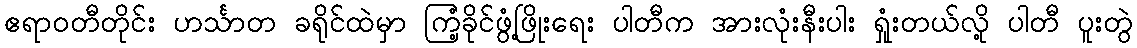
ဧရာဝတီတိုင်း ဟင်္သာတ ခရိုင်ထဲမှာ ကြံ့ခိုင်ဖွံ့ဖြိုးရေး ပါတီက အားလုံးနီးပါး ရှုံးတယ်လို့ ပါတီ ပူးတွဲ